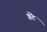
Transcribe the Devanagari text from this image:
ग्रॅंट